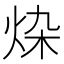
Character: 𰞗